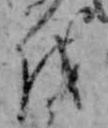
を